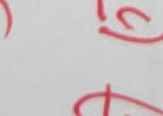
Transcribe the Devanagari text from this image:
ल्